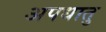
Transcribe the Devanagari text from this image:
अपधातु